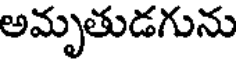
అమృతుడగును